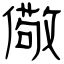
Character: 儆